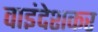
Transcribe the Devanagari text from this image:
वाइंदेशकर